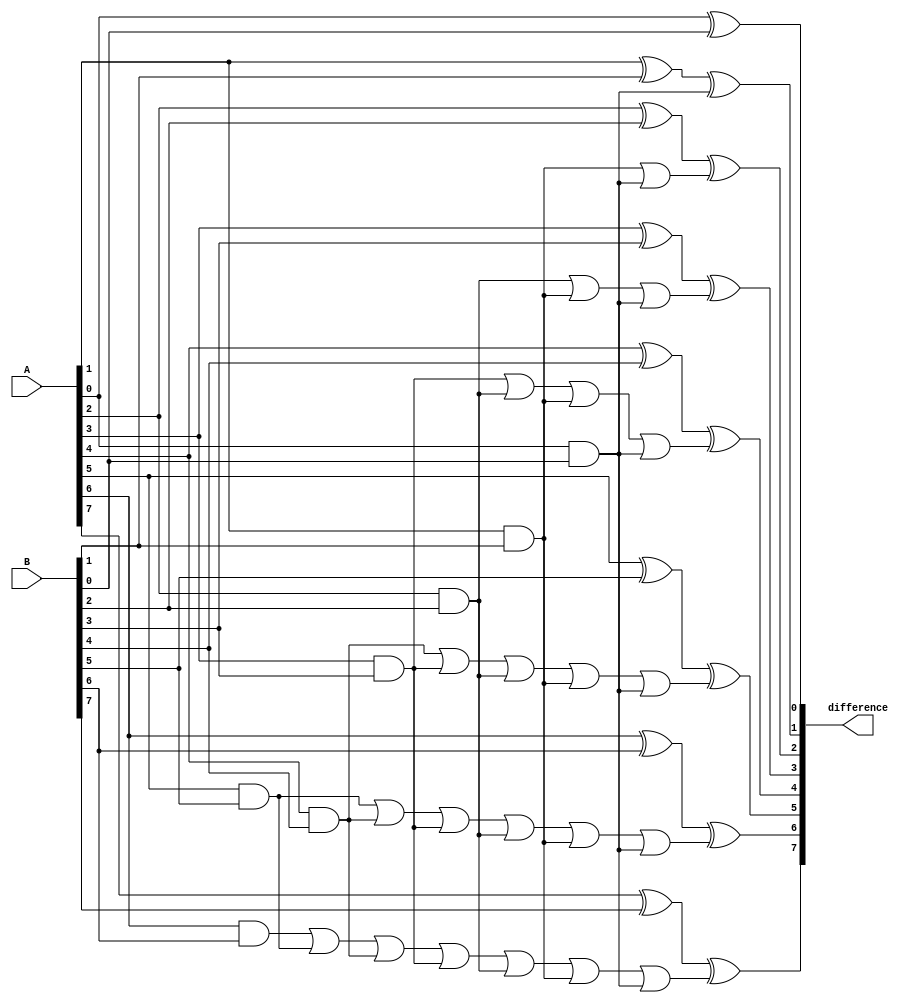
module gate_level_subtractor(
    input wire [7:0] A,
    input wire [7:0] B,
    output wire [7:0] difference
);

// Full Adder
assign difference[0] = A[0] ^ B[0];
assign difference[1] = (A[1] ^ B[1]) ^ (A[0] & B[0]);
assign difference[2] = (A[2] ^ B[2]) ^ ((A[1] & B[1]) | (A[0] & B[0]));
assign difference[3] = (A[3] ^ B[3]) ^ ((A[2] & B[2]) | (A[1] & B[1]) | (A[0] & B[0]));
assign difference[4] = (A[4] ^ B[4]) ^ ((A[3] & B[3]) | (A[2] & B[2]) | (A[1] & B[1]) | (A[0] & B[0]));
assign difference[5] = (A[5] ^ B[5]) ^ ((A[4] & B[4]) | (A[3] & B[3]) | (A[2] & B[2]) | (A[1] & B[1]) | (A[0] & B[0]));
assign difference[6] = (A[6] ^ B[6]) ^ ((A[5] & B[5]) | (A[4] & B[4]) | (A[3] & B[3]) | (A[2] & B[2]) | (A[1] & B[1]) | (A[0] & B[0]));
assign difference[7] = (A[7] ^ B[7]) ^ ((A[6] & B[6]) | (A[5] & B[5]) | (A[4] & B[4]) | (A[3] & B[3]) | (A[2] & B[2]) | (A[1] & B[1]) | (A[0] & B[0]));

endmodule